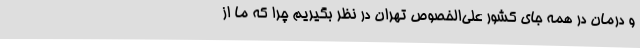
و درمان در همه جای کشور علی‌الخصوص تهران در نظر بگیریم چرا که ما از